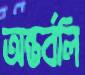
অন্তর্বলি